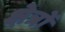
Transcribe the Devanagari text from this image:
क्ष्‍ोत्रों